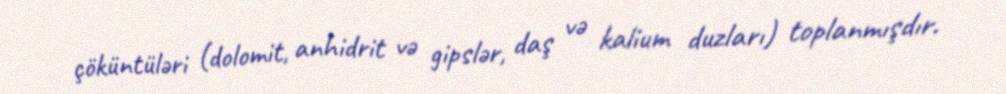
çöküntüləri (dolomit, anhidrit və gipslər, daş və kalium duzları) toplanmışdır.